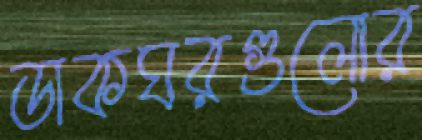
ডাকঘরগুলোর